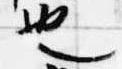
也